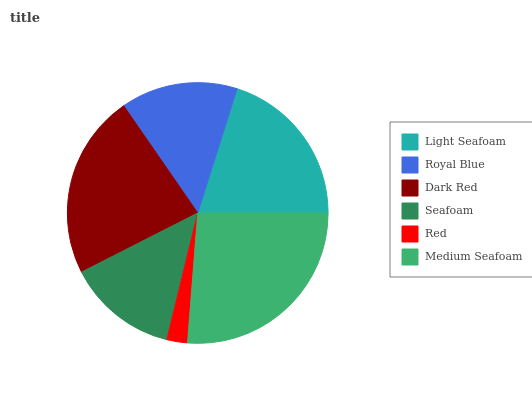
| Light Seafoam | Royal Blue | Dark Red | Seafoam | Red | Medium Seafoam |
 | --- | --- | --- | --- | --- | --- |
 | 20.1% | 14.5% | 22.9% | 13.7% | 2.56% | 26.3% |